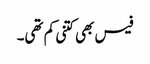
فیس بھی کتنی کم تھی۔